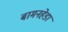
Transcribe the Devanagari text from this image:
बामनहेडा